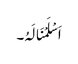
اَسْلَمْنَالَہُ۔